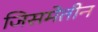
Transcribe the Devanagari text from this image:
जिसमेतीन